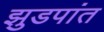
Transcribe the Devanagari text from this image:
झुडपांत